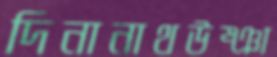
দিনানাথউষ্ঞা